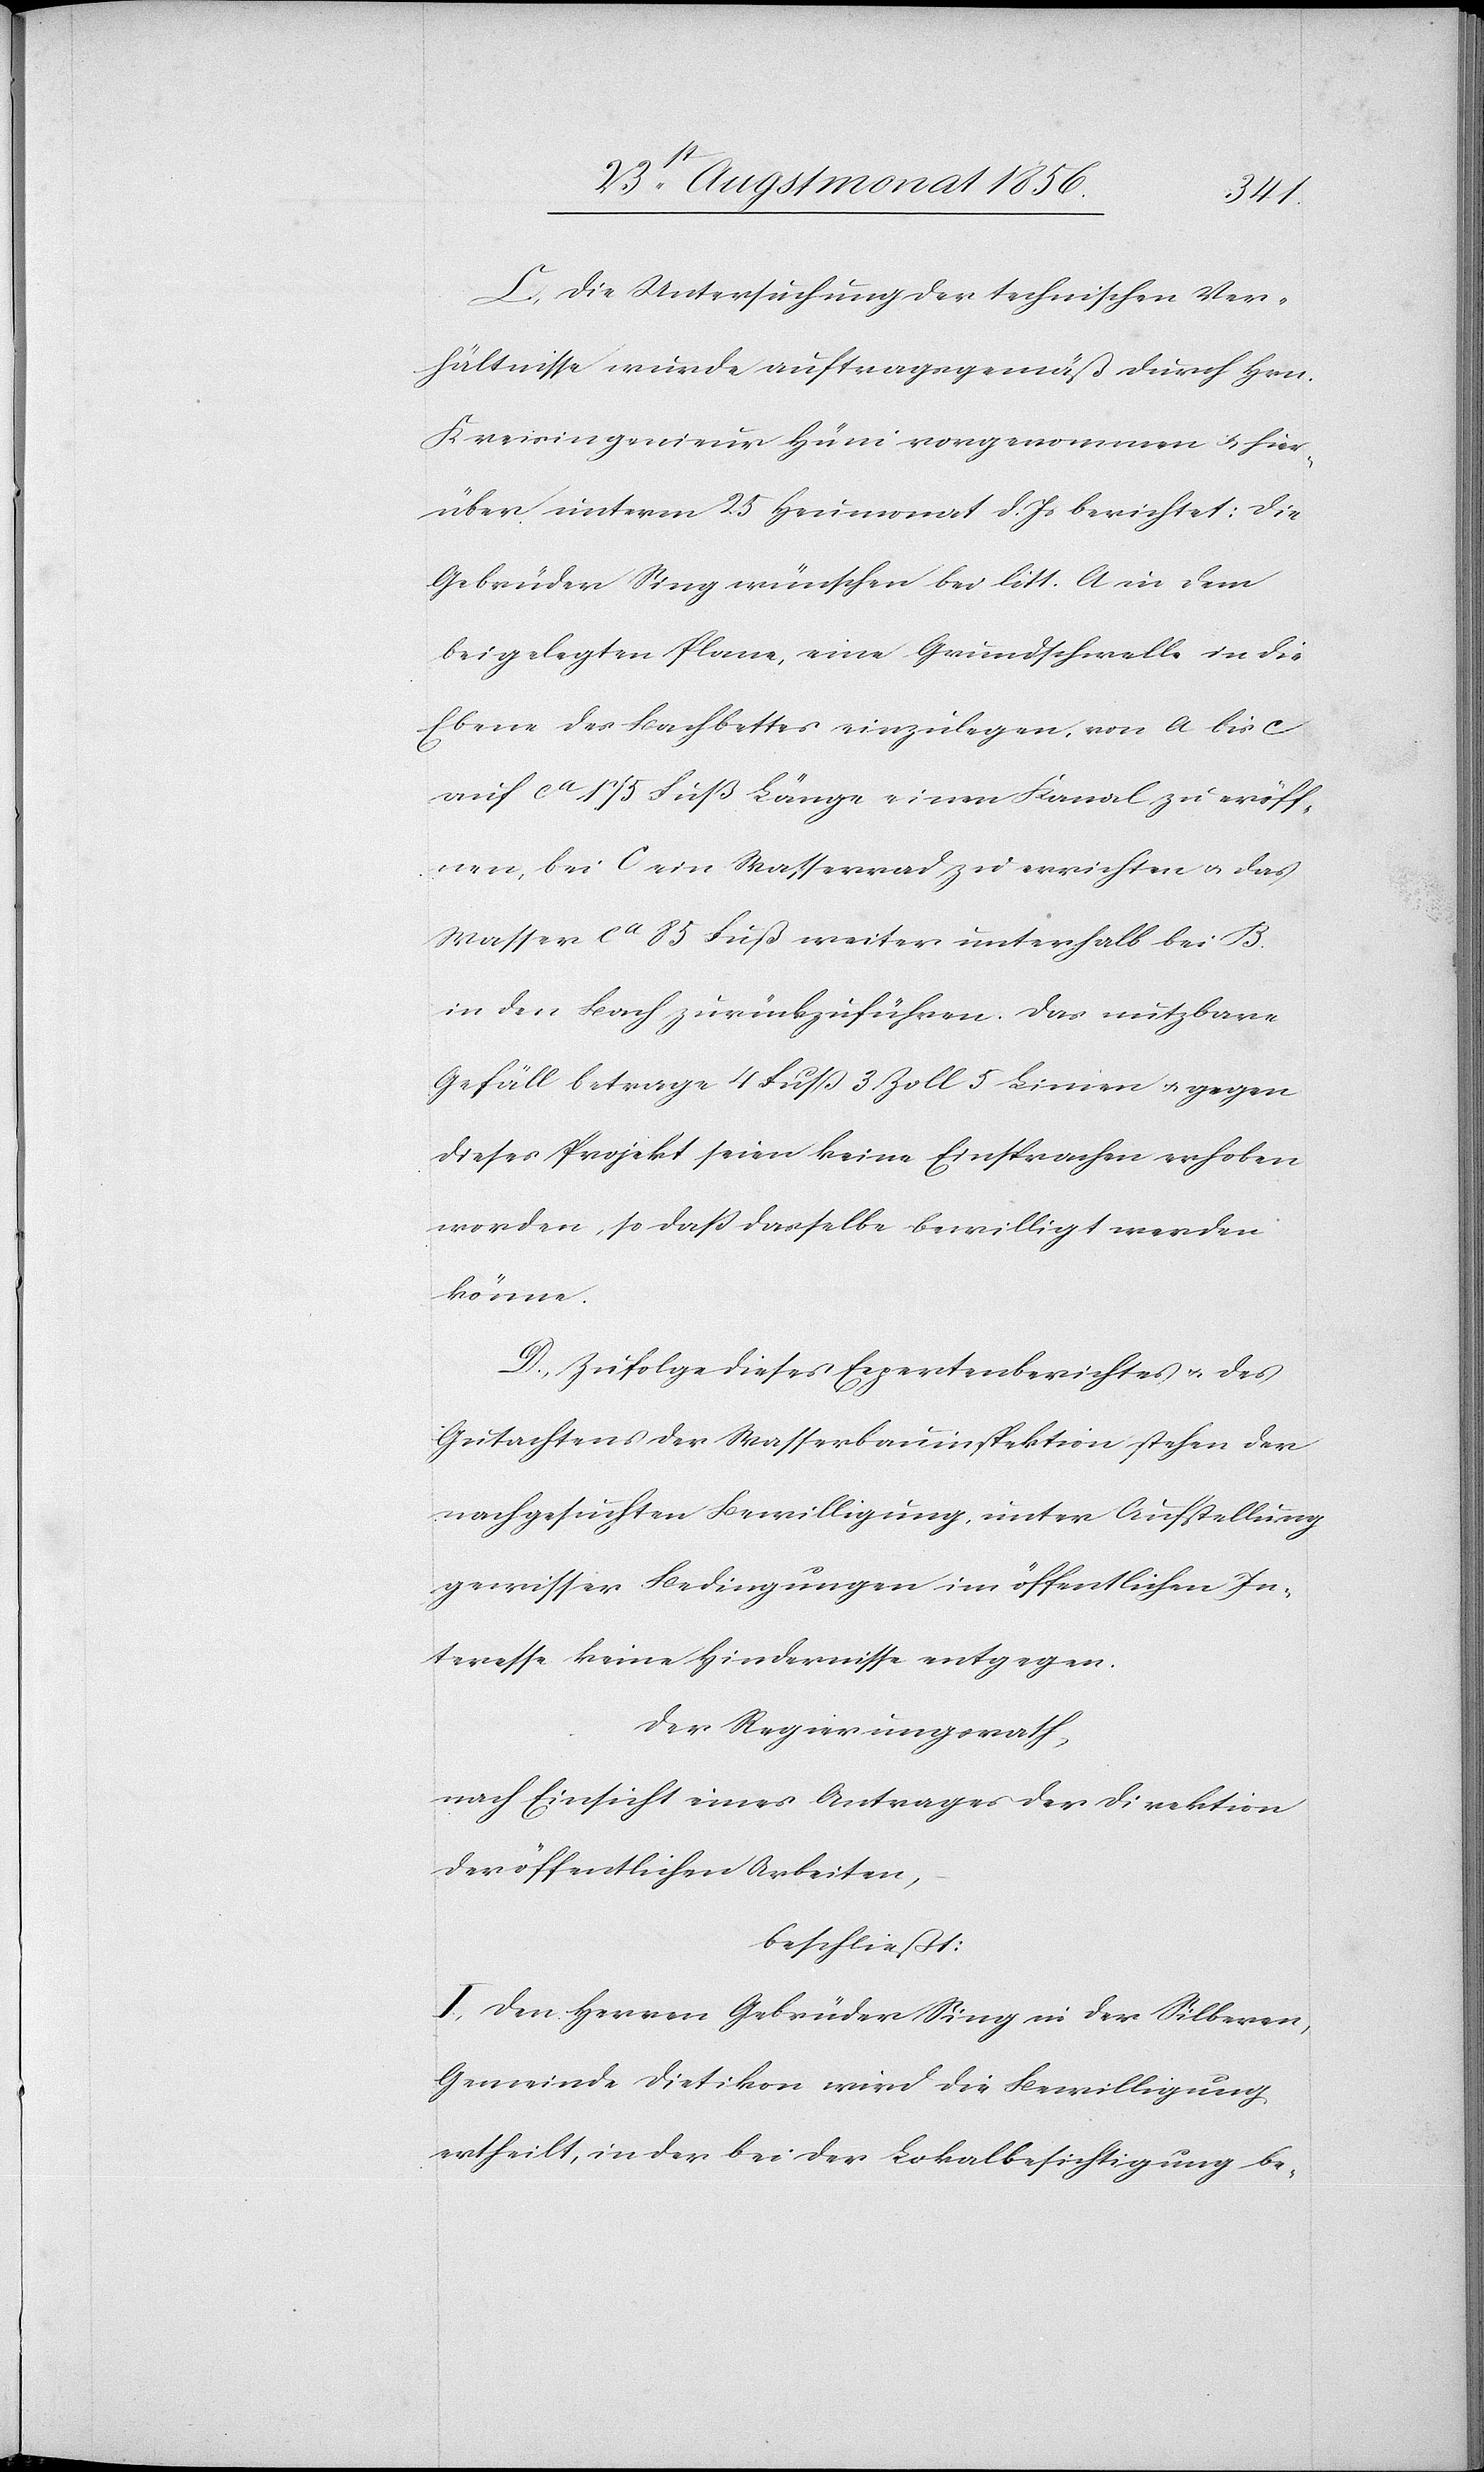
C.) Die Untersuchung der technischen Ver¬
hältnisse wurde auftragsgemäß durch Hrn.
Kreisingenieur Hüni vorgenommen u. hier¬
über unterm 25 Heumonat d. Js berichtet: Die
Gebrüder Sing wünschen bei litt. A in dem
beigelegten Plane, eine Grundschwelle in die
Ebene des Bachbettes einzulegen, von A bis C
auf ca 175 Fuß Länge einen Kanal zu eröff¬
nen, bei C ein Wasserrad zu errichten u. das
Wasser ca 85 Fuß weiter unterhalb bei B.
in den Bach zurückzuführen. Das nutzbare
Gefäll betrage 4 Fuss 3 Zoll 5 Linien u. gegen
dieses Projekt seien keine Einsprachen erhoben
worden, so dass dasselbe bewilligt werden
könne.
D.) Zufolge dieses Expertenberichtes u. des
Gutachtens der Wasserbauinspektion stehen der
nachgesuchten Bewilligung, unter Aufstellung
gewisser Bedingungen im öffentlichen In¬
teresse keine Hindernisse entgegen.
Der Regierungsrath,
nach Einsicht eines Antrages der Direktion
der öffentlichen Arbeiten,
beschließt:
I.) Den Herren Gebrüder Sing in der Silberen,
Gemeinde Dietikon wird die Bewilligung
ertheilt, in der bei der Lokalbesichtigung be-